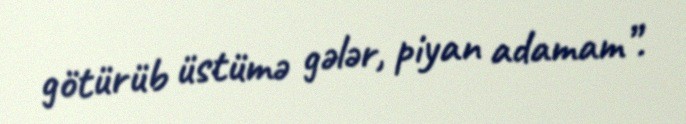
götürüb üstümə gələr, piyan adamam”.